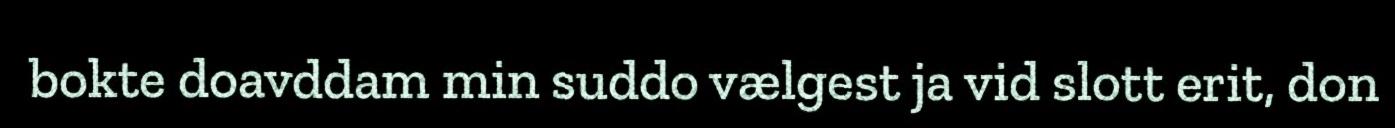
bokte doavddam min suddo vælgest ja vid slott erit, don